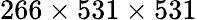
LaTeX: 266\times 531\times 531